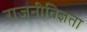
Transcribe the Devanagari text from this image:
राजनीतिज्ञता